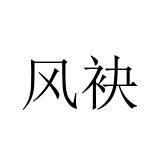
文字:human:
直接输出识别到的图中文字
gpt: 风袂